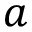
a